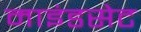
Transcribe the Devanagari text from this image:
माइंडसेट